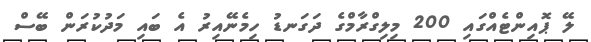
ލޭ ޕޮއިންޓެއްގައި 200 މިލިގްރާމްގެ ދަގަނޑު ހިމެނޭއިރު އެ ބައި މަދުކުރަން ބޭސް